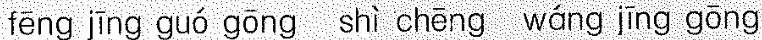
fēng jīng guó gōng shì chēng wáng jīng gōng